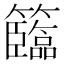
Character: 𥷷